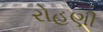
રોહણી